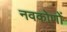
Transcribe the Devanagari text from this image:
नवकोणों